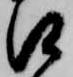
口